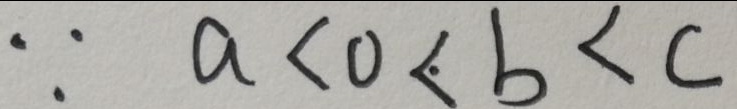
\because a < 0 < b < c